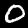
Digit: 0